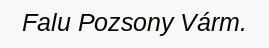
Falu Pozsony Várm.